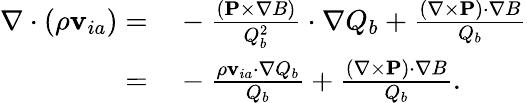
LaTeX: \begin{array}{rl}{\nabla\cdot(\rho{\mathbf v}_{ia})=}&{{}-\frac{({\mathbf P}\times\nabla B)}{Q_{b}^{2}}\cdot\nabla Q_{b}+\frac{(\nabla\times{\mathbf P})\cdot\nabla B}{Q_{b}}}\\ {=}&{{}-\frac{\rho{\mathbf v}_{ia}\cdot\nabla Q_{b}}{Q_{b}}+\frac{(\nabla\times{\mathbf P})\cdot\nabla B}{Q_{b}}.}\end{array}